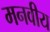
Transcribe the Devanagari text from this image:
मनवीय